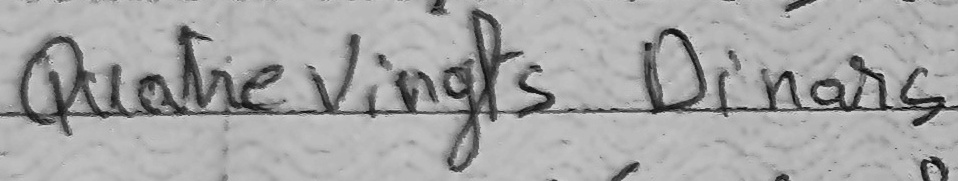
Quatre Vingts Dinars